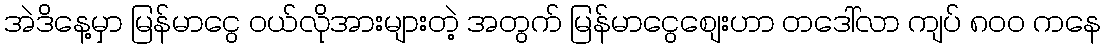
အဲဒိနေ့မှာ မြန်မာငွေ ဝယ်လိုအားများတဲ့ အတွက် မြန်မာငွေစျေးဟာ တဒေါ်လာ ကျပ် ၈၀၀ ကနေ